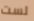
لست